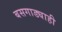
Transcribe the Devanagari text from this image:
बसगाड्याही